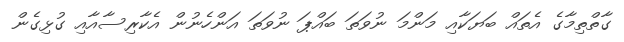
ގާތްތިމާގެ އެތައް ބަޔަކާއި މަންމަ ނުވަތަ ބައްޕަ ނުވަތަ އަންހެނުން އެކާރިސާއާއި ގުޅިގެން